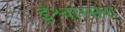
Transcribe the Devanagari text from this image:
ईश्वारसेवा